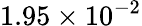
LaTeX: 1.95\times 10^{-2}